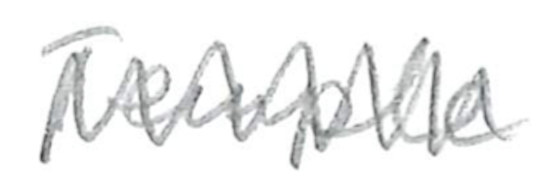
Text: Temple
Cross-out: zig-zag
Writing tool: pencil